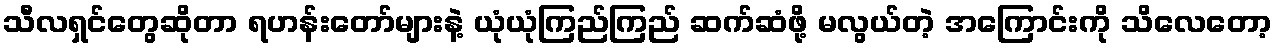
သီလရှင်တွေဆိုတာ ရဟန်းတော်များနဲ့ ယုံယုံကြည်ကြည် ဆက်ဆံဖို့ မလွယ်တဲ့ အကြောင်းကို သိလေတော့